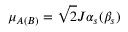
\mu _ { A ( B ) } = \sqrt { 2 } J \alpha _ { s } ( \beta _ { s } )